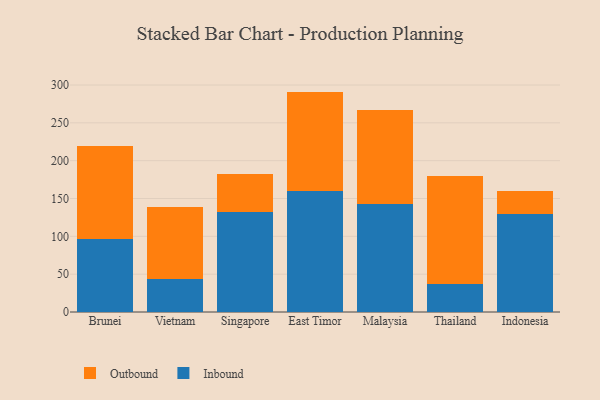
{"axis": {"x": "Country", "y": "Gross Profit (USD K)"}, "legend": ["Inbound", "Outbound"], "data": [{"x": "Brunei", "y": 96.9, "type": "Inbound"}, {"x": "Brunei", "y": 122.3, "type": "Outbound"}, {"x": "Vietnam", "y": 44.1, "type": "Inbound"}, {"x": "Vietnam", "y": 95.3, "type": "Outbound"}, {"x": "Singapore", "y": 132.2, "type": "Inbound"}, {"x": "Singapore", "y": 50.3, "type": "Outbound"}, {"x": "East Timor", "y": 159.9, "type": "Inbound"}, {"x": "East Timor", "y": 131.4, "type": "Outbound"}, {"x": "Malaysia", "y": 142.8, "type": "Inbound"}, {"x": "Malaysia", "y": 124.0, "type": "Outbound"}, {"x": "Thailand", "y": 37.3, "type": "Inbound"}, {"x": "Thailand", "y": 142.8, "type": "Outbound"}, {"x": "Indonesia", "y": 129.6, "type": "Inbound"}, {"x": "Indonesia", "y": 30.4, "type": "Outbound"}]}